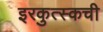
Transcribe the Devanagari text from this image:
इरकुत्स्कची